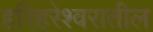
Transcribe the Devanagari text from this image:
हरिहरेश्वरातील